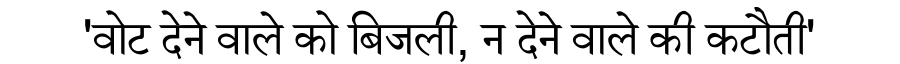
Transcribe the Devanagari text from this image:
'वोट देने वाले को बिजली, न देने वाले की कटौती'